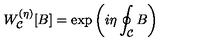
W _ { \cal C } ^ { ( \eta ) } [ B ] = \exp \left( i \eta \oint _ { \cal C } B \right)